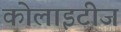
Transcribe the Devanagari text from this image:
कोलाइटीज